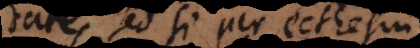
dare, sed si per ecthesin